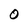
Character: O